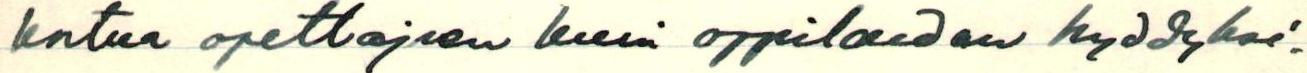
 koitua opettajien kuin oppilaiden hyödyksi.